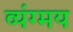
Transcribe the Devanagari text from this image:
व्यंग्मय